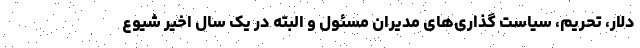
دلار، تحریم، سیاست گذاری‌های مدیران مسئول و البته در یک سال اخیر شیوع